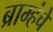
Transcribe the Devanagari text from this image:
ब्राम्हंचे